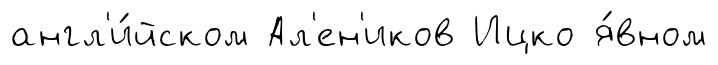
англ'и́йском Ал'ен'иков Ицко я́вном